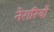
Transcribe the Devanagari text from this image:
नेरारियाँ